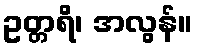
ဥတ္တရိ၊ အလွန်။